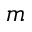
m